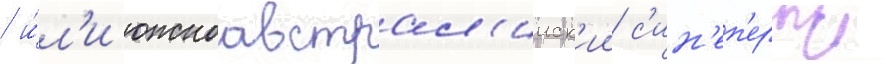
/ и́л'и южноавстрал'ииск'ии с'ин'еп'ерыи